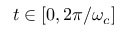
t \in [ 0 , 2 \pi / \omega _ { c } ]